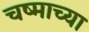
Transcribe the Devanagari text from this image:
चष्माच्या